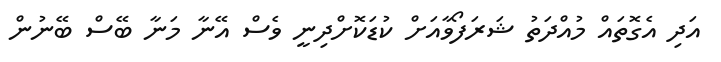
އަދި އެގޮތައް މުއްދަތު ޝަރަފޯވާއަށް ކުޑަކޮށްދިނީ ވެސް އޭނާ މަނާ ބޭސް ބޭނުން